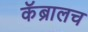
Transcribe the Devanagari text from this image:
कॅब्रालच